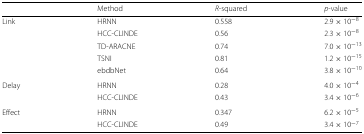
|  | Method | R-squared | p-value |
 | --- | --- | --- | --- |
 | Link | HRNN | 0.558 | 2.9×10−8 |
 |  | HCC-CLINDE | 0.56 | 2.3×10−8 |
 |  | TD-ARACNE | 0.74 | 7.0×10−13 |
 |  | TSNI | 0.81 | 1.2×10−15 |
 |  | ebdbNet | 0.64 | 3.8×10−10 |
 | Delay | HRNN | 0.28 | 4.0×10−4 |
 |  | HCC-CLINDE | 0.43 | 3.4×10−6 |
 | Effect | HRNN | 0.347 | 6.2×10−5 |
 |  | HCC-CLINDE | 0.49 | 3.4×10−7 |